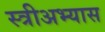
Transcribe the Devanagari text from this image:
स्त्रीअभ्यास